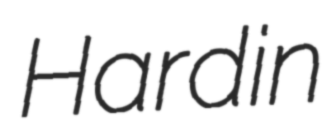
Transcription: Hardin